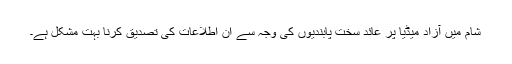
شام میں آزاد میڈیا پر عائد سخت پابندیوں کی وجہ سے ان اطلاعات کی تصدیق کرنا بہت مشکل ہے۔